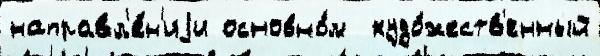
направл'е́н'иjи основно́м  худо́жеств'енный